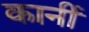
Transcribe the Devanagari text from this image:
कानीं